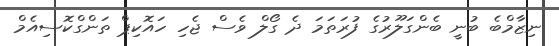
ނިޒާމްބެ ބުނީ ބެންގަލޫރުގެ ފުރަތަމަ ދެ ގޯލް ވެސް ޖެހި ހައޮކިޕް ތަންގްކޮސިއެމް